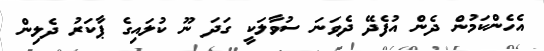
އެހެންކަމުން ދެން އުފެެދޭ ދެވަނަ ސުވާލަކީ ގަދަ ނޫ ކުލައިގެ ޕާކަރު ދެލިން